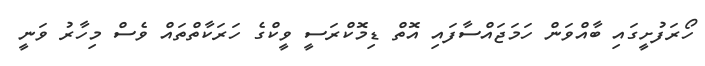
ހޯރަފުށީގައި ބާއްވަން ހަަމަޖައްސާފައި އޮތް ޑިމޮކްރަސީ ވީކްގެ ހަރަކާތްތައް ވެސް މިހާރު ވަނީ